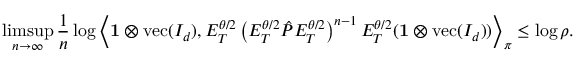
\operatorname* { l i m s u p } _ { n \to \infty } \frac { 1 } { n } \log \left\langle \mathbf { 1 } \otimes \operatorname { v e c } ( I _ { d } ) , E _ { T } ^ { \theta / 2 } \left( E _ { T } ^ { \theta / 2 } \hat { P } E _ { T } ^ { \theta / 2 } \right) ^ { n - 1 } E _ { T } ^ { \theta / 2 } ( \mathbf { 1 } \otimes \operatorname { v e c } ( I _ { d } ) ) \right\rangle _ { \boldsymbol \pi } \leq \log \rho .